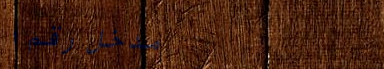
مدخل رقم ١